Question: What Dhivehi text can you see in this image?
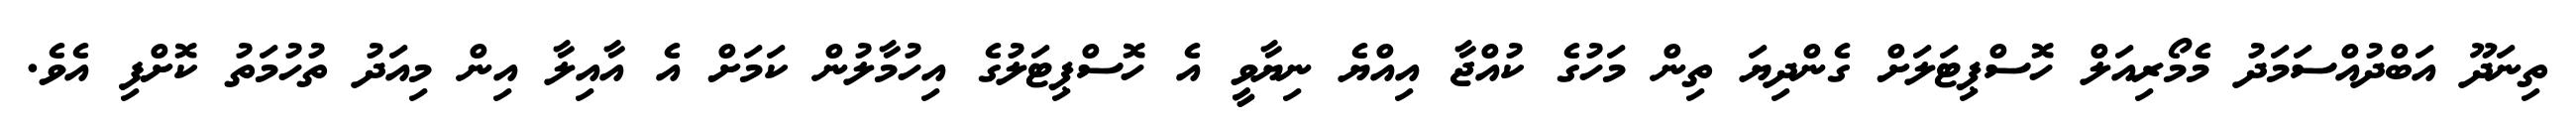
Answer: ތިނަދޫ އަބްދުއްސަމަދު މެމޯރިއަލް ހޮސްޕިޓަލަށް ގެންދިޔަ ތިން މަހުގެ ކުއްޖާ އިއްޔެ ނިޔާވީ އެ ހޮސްޕިޓަލުގެ އިހުމާލުން ކަމަށް އެ އާއިލާ އިން މިއަދު ތުހުމަތު ކޮށްފި އެވެ.